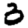
Digit: 3